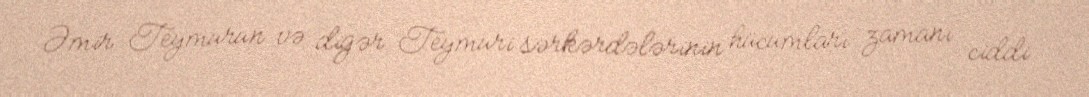
Əmir Teymurun və digər Teymuri sərkərdələrinin hücumları zamanı ciddi